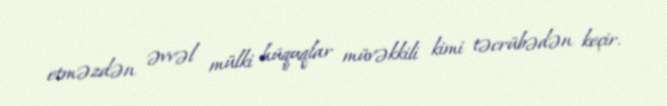
etməzdən əvvəl mülki hüquqlar müvəkkili kimi təcrübədən keçir.